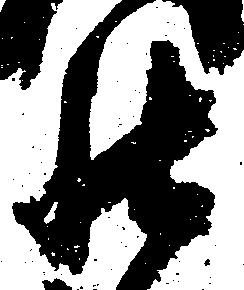
罷